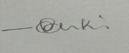
Signature authenticity: genuine